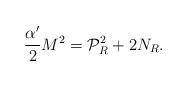
LaTeX: \begin{align*}\frac{\alpha'}{2} M^{2} ={\cal P}_{R}^{2} + 2 N_{R}.\end{align*}